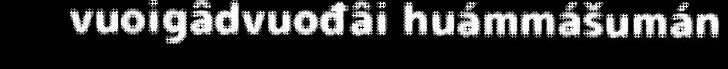
vuoigâdvuođâi huámmášumán